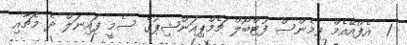
1  އެފްއޭއެމް ވިމެންސް ފުޓްބޯލް ޗެމްޕިއަންޝިޕުގެ ސެމީ ފައިނަލް ދެ މެޗާއި